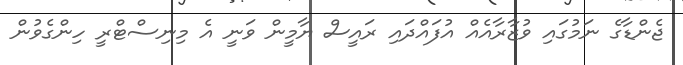
ޖެންޑާގެ ނަމުގައި ވުޒާރާއެއް އުފައްދައި ރައީސް ޔާމީން ވަނީ އެ މިނިސްޓްރީ ހިންގެވުން